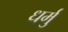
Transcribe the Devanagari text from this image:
धर्मु